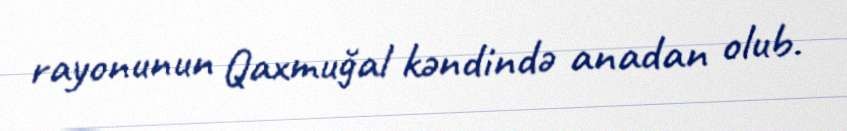
rayonunun Qaxmuğal kəndində anadan olub.